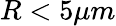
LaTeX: R<5\mu m